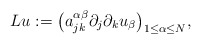
\begin{align*}Lu := \big(a_{jk}^{\alpha\beta}\partial_j\partial_k u_\beta \big)_{1 \leq \alpha \leq N}, \end{align*}